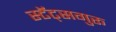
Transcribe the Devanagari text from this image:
स्टॅट्सगुरू